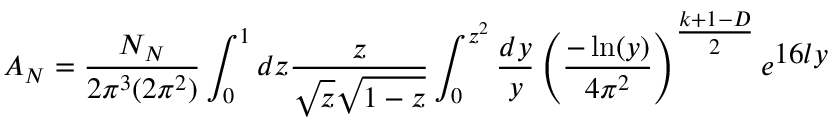
A _ { N } = \frac { { \cal N } _ { N } } { 2 \pi ^ { 3 } ( 2 \pi ^ { 2 } ) } \int _ { 0 } ^ { 1 } d z \frac { z } { \sqrt { z } \sqrt { 1 - z } } \int _ { 0 } ^ { z ^ { 2 } } \frac { d y } { y } \left( \frac { - \ln ( y ) } { 4 \pi ^ { 2 } } \right) ^ { { \textstyle { \frac { k + 1 - D } { 2 } } } } e ^ { { \textstyle 1 6 l y } }